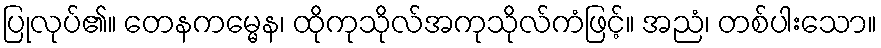
ပြုလုပ်၏။ တေနကမ္မေန၊ ထိုကုသိုလ်အကုသိုလ်ကံဖြင့်။ အညံ၊ တစ်ပါးသော။